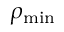
\rho _ { \mathrm { m i n } }